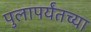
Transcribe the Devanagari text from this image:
पुलापर्यंतच्या